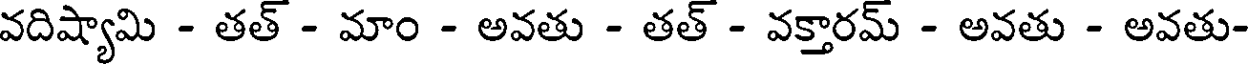
వదిష్యామి - తత్ - మాం - అవతు - తత్ - వక్తారమ్ - అవతు - అవతు-